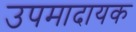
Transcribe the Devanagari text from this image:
उपमादायक